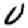
Digit: 0